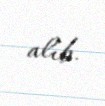
alıb.